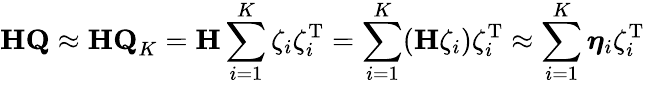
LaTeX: \mathbf{HQ}\approx\mathbf{HQ}_{K}=\mathbf{H}\sum_{i=1}^{K}\zeta_{i}\zeta_{i}^{\mathrm{T}}=\sum_{i=1}^{K}(\mathbf{H}\zeta_{i})\zeta_{i}^{\mathrm{T}}\approx\sum_{i=1}^{K}\boldsymbol{\eta}_{i}\zeta_{i}^{\mathrm{T}}